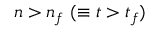
n > n _ { f } ~ ( \equiv t > t _ { f } )